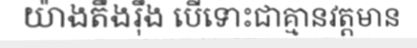
យ៉ាងតឹងរ៉ឹង បើទោះជាគ្មានវត្តមាន